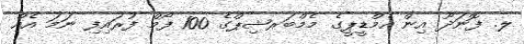
ލ. ފޮނަދޫ އިން އެމްޑީޕީގެ މެމްބަރޝިޕްގެ 100 ފޯމް ފުރައިފި ނަމަ އެއް